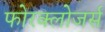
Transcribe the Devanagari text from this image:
फोरक्लोजर्स